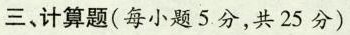
三、计算题(每小题 5 分,共25分)